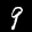
Label: 9